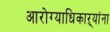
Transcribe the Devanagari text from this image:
आरोग्याधिकाऱ्यांना